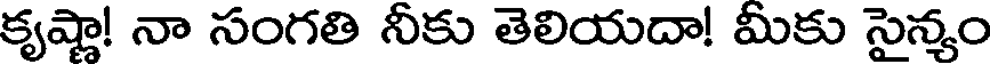
కృష్ణా! నా సంగతి నీకు తెలియదా! మీకు సైన్యం